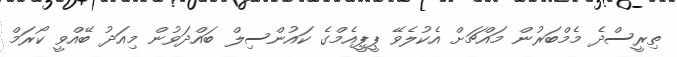
ތިރީސްދެ މެމްބަރުން މައްޗަށް އެކުލެވޭ ޕީޕީއެމްގެ ކައުންސިލް ބައްދަވުން މިއަދު ބޭއްވީ ކޯރަމް